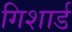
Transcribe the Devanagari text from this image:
गिशार्ड